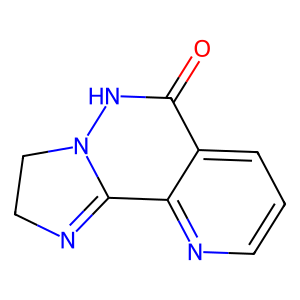
SMILES: O=C1NN2CCN=C2c2ncccc21
Inhibits HIV replication: No